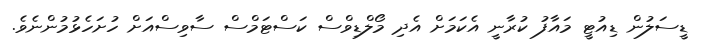
ޑީސަލުން ޑިއުޓީ މައާފު ކުރާނީ އެކަމަށް އެދި މޯލްޑިވްސް ކަސްޓަމްސް ސާވިސްއަށް ހުށަހެޅުމުންނެވެ.